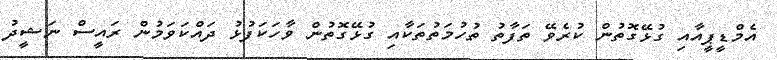
އެމްޑީޕީއާއި ގުޅޭގޮތުން ކުރެވޭ ތަފާތު ތުހުމަތުތަކާއި ގުޅޭގޮތުން ވާހަކަފުޅު ދައްކަވަމުން ރައީސް ނަޝީދު